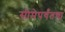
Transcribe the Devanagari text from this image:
सीमेपर्यंतचा